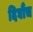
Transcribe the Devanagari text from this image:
दिघौंच